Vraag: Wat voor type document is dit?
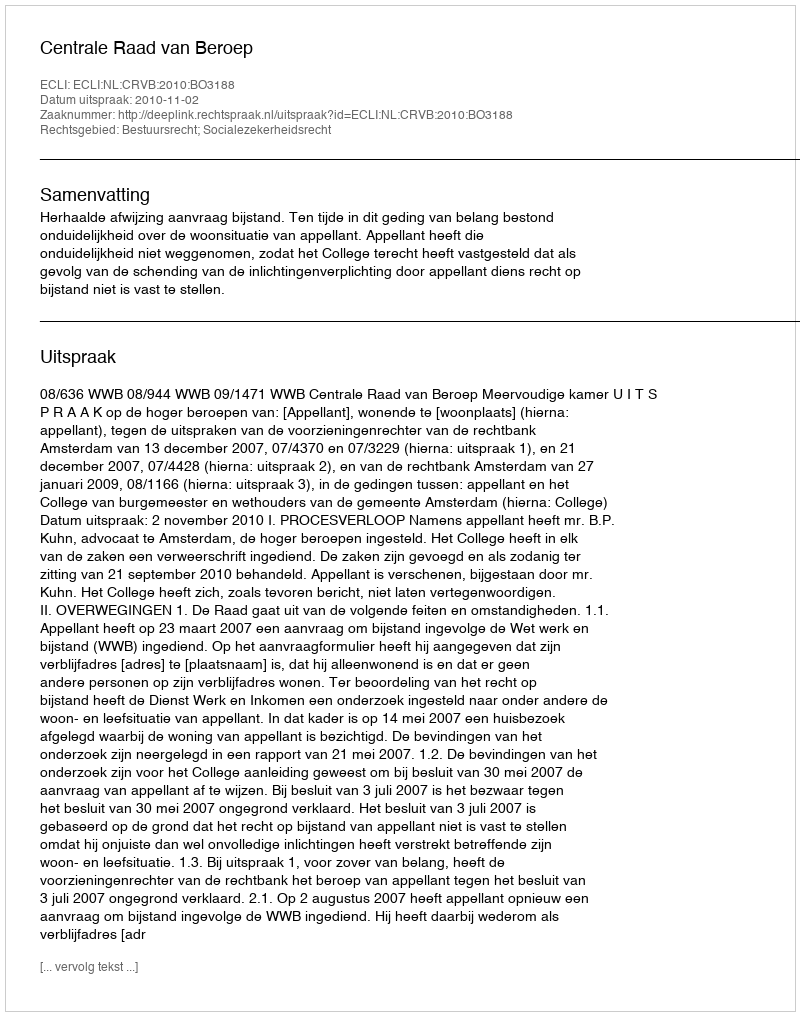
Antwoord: Uitspraak